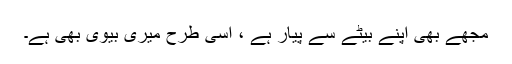
مجھے بھی اپنے بیٹے سے پیار ہے ، اسی طرح میری بیوی بھی ہے۔